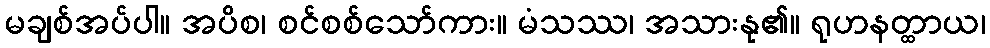
မချစ်အပ်ပါ။ အပိစ၊ စင်စစ်သော်ကား။ မံသဿ၊ အသားနု၏။ ရုဟနတ္ထာယ၊